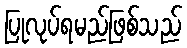
ပြုလုပ်ရမည်ဖြစ်သည်